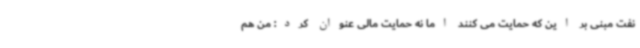
نفت مبنی بر این که حمایت می کنند اما نه حمایت مالی عنوان کرد: من هم